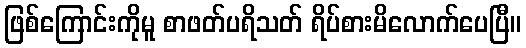
ဖြစ်ကြောင်းကိုမူ စာဖတ်ပရိသတ် ရိပ်စားမိလောက်ပေပြီ။